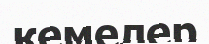
кемелер